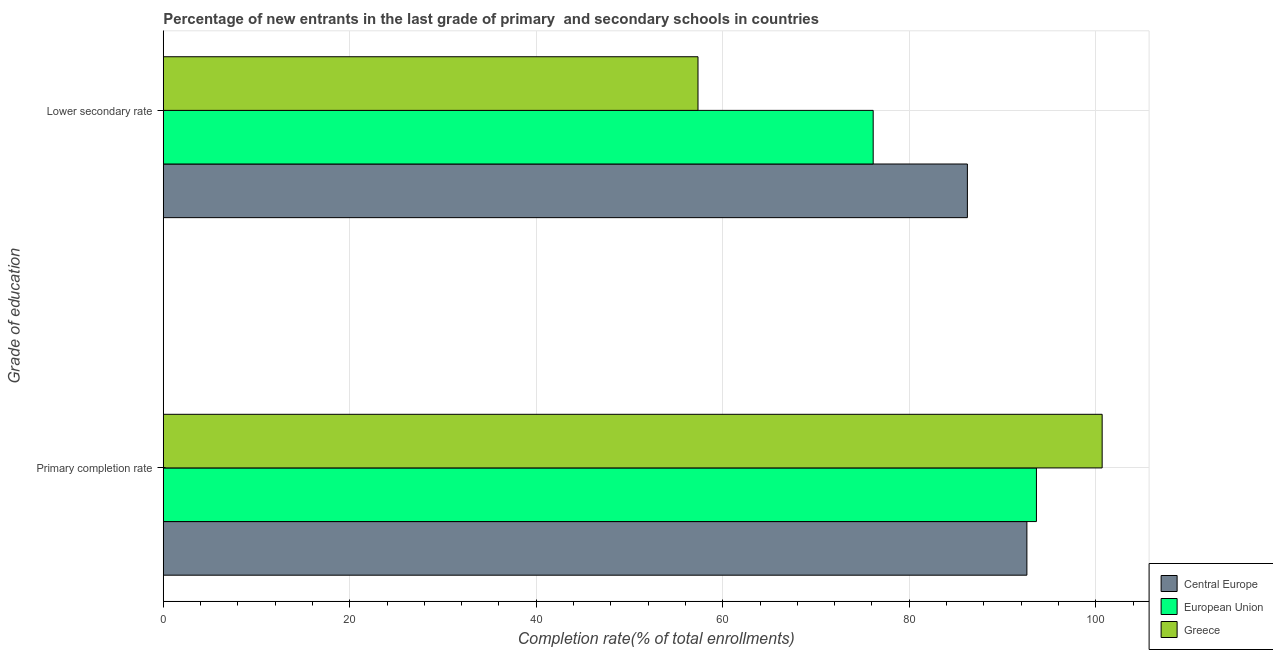
| Grade of education | Central Europe | European Union | Greece |
 | --- | --- | --- | --- |
 | Primary completion rate | 92.6 | 93.6 | 101 |
 | Lower secondary rate | 86.2 | 76.1 | 57.3 |